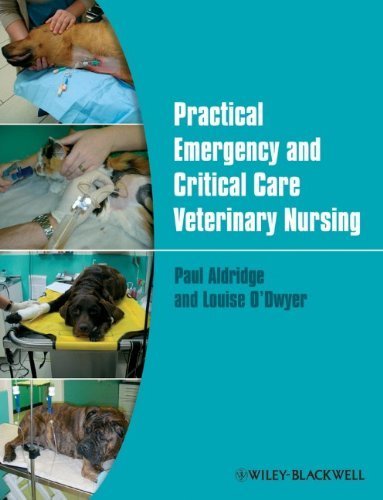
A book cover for Practical Emergency and Critical Care Veterinary Nursing by Aldridge, Paul, O'Dwyer, Louise (2013) Paperback; Paul, O'Dwyer, Louise Aldridge; Medical Books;